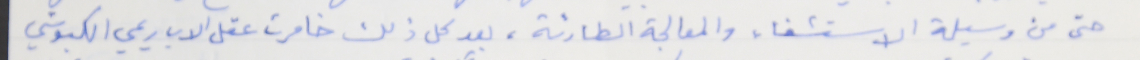
حتى من وسيلة الاستشفاء والمعالجة الطارئة، بعد كل ذلك خامرت عقل الاب ريمي الكبوشي